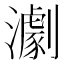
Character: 𤁴